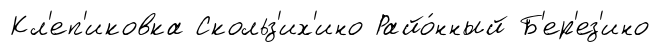
Кл'еп'иковка Скольз'их'ино Райо́нный Б'ер'ез'ино